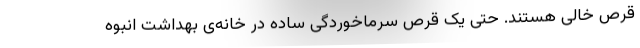
قرص خالی هستند. حتی یک قرص سرماخوردگی ساده در خانه‌ی بهداشت انبوه